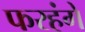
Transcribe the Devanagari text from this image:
फरहंगे